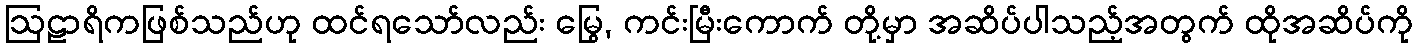
ဩဠာရိကဖြစ်သည်ဟု ထင်ရသော်လည်း မြွေ, ကင်းမြီးကောက် တို့မှာ အဆိပ်ပါသည့်အတွက် ထိုအဆိပ်ကို